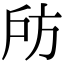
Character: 𢨲